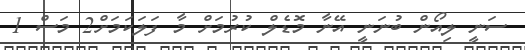
ސަނީ ލިއޯން ބުނަނީ އޭނާ މޮޑެލް ކުރުމަށް މާ ފަލަކަމަށް2 މަސް 1